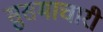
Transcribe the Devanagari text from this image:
सुसमाचारी